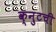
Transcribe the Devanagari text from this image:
क्नुटची